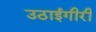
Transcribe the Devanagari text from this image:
उठाईगीरी